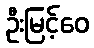
ဦးမြင့်ဝေ